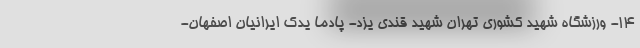
۱۴- ورزشگاه شهید کشوری تهران شهید قندی یزد- پادما یدک ایرانیان اصفهان-